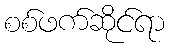
စစ်ဖက်ဆိုင်ရာ